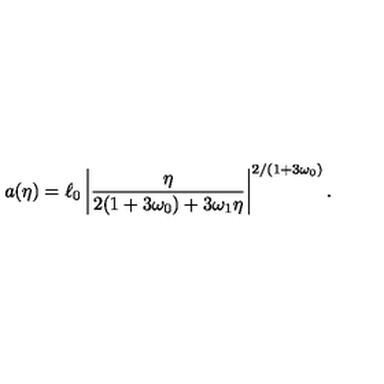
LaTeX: a ( \eta ) = \ell _ { 0 } \left| \frac { \eta } { 2 ( 1 + 3 \omega _ { 0 } ) + 3 \omega _ { 1 } \eta } \right| ^ { 2 / ( 1 + 3 \omega _ { 0 } ) } .